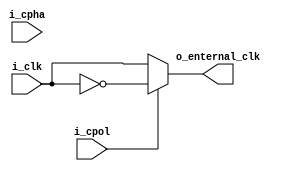
module ClockLogic (
    input   wire    i_clk,i_cpol,i_cpha,
    output  reg     o_enternal_clk
);

assign  mode = {i_cpha,i_cpol};

/*
 Mode | Clock Polarity (CPOL/CKP) | Clock Phase (CPHA)
  0   |             0             |        0
  1   |             0             |        1
  2   |             1             |        0
  3   |             1             |        1
*/

always@ (*)
 begin
    if ((mode == 2'b01) || (mode == 2'b10))
     begin
        o_enternal_clk = ~i_clk;
     end
    else
     begin
        o_enternal_clk = i_clk;
     end
 end

endmodule